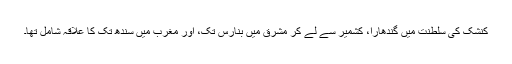
کنشک کی سلطنت میں گندھارا، کشمیر سے لے کر مشرق میں بنارس تک، اور مغرب میں سندھ تک کا علاقہ شامل تھا۔